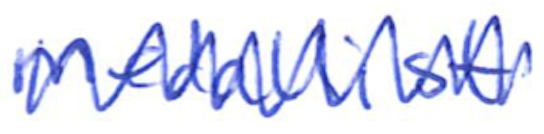
Text: medallist
Cross-out: zig-zag
Writing tool: ballpoint